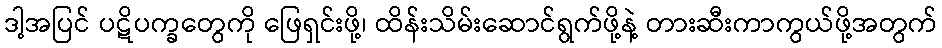
ဒါ့အပြင် ပဋိပက္ခတွေကို ဖြေရှင်းဖို့၊ ထိန်းသိမ်းဆောင်ရွက်ဖို့နဲ့ တားဆီးကာကွယ်ဖို့အတွက်